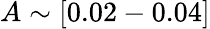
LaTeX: A\sim[0.02-0.04]